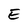
Character: E